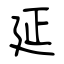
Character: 延